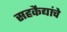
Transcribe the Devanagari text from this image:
सहकैद्यांचे